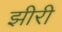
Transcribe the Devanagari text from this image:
झीरी